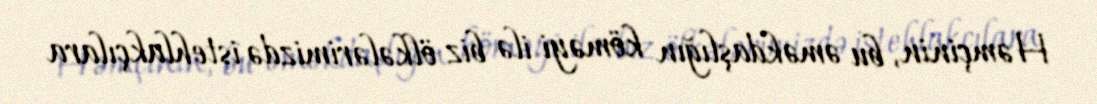
Həmçinin, bu əməkdaşlığın köməyi ilə biz ölkələrimizdə istehlakçılara